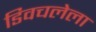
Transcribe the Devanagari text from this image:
डिवचलेला